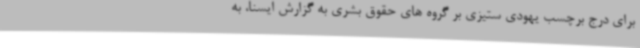
برای درج برچسب یهودی ستیزی بر گروه های حقوق بشری به گزارش ایسنا، به